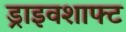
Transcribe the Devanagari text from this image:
ड्राइवशाफ्ट